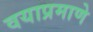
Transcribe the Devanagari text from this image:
वयाप्रमाणे